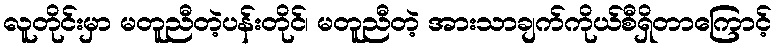
လူတိုင်းမှာ မတူညီတဲ့ပန်းတိုင်၊ မတူညီတဲ့ အားသာချက်ကိုယ်စီရှိတာကြောင့်